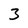
Character: 3